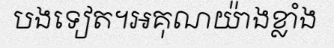
បងទៀត។អគុណយ៉ាងខ្លាំង